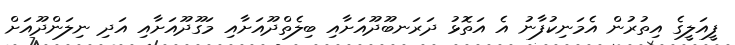
ފީއަލީގެ އިތުރުން އެމަނިކުފާނު އެ އަތޮޅު ދަރަނބޫދޫއަށާއި ބިލެތްދޫއަށާއި މަގޫދޫއަށާއި އަދި ނިލަންދޫއަށް